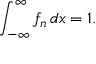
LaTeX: \int _ { - \infty } ^ { \infty } f _ { n } \, d x = 1 .